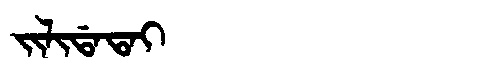
Manchu: ᠵᡳᠯᡳᡩᠠᡨᠠᡳ
Romanization: JILIDATAI